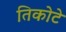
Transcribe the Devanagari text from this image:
तिकोटे